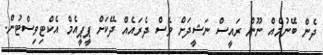
ދެން ބޭނުމެއް ނޫން ރައީސް ނަޝީދަށް ވެސް ދެރައެއް ދޭކަށް ޕީޕީއެމް އެކްޓިވިސްޓުން.